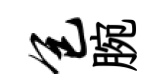
包腕